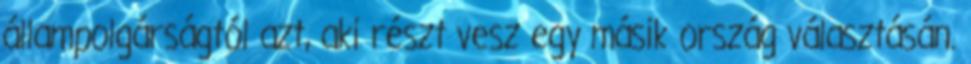
állampolgárságtól azt, aki részt vesz egy másik ország választásán.